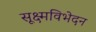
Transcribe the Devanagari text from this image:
सूक्ष्मविभेदन